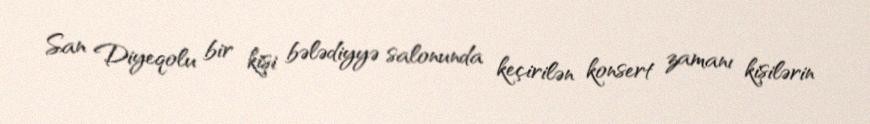
San Diyeqolu bir kişi bələdiyyə salonunda keçirilən konsert zamanı kişilərin